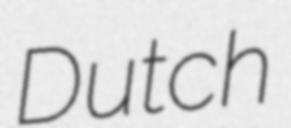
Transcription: Dutch